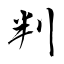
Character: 判